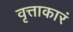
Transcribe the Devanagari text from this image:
वृत्ताकारं